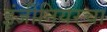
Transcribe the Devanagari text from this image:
इंजींनियरचा